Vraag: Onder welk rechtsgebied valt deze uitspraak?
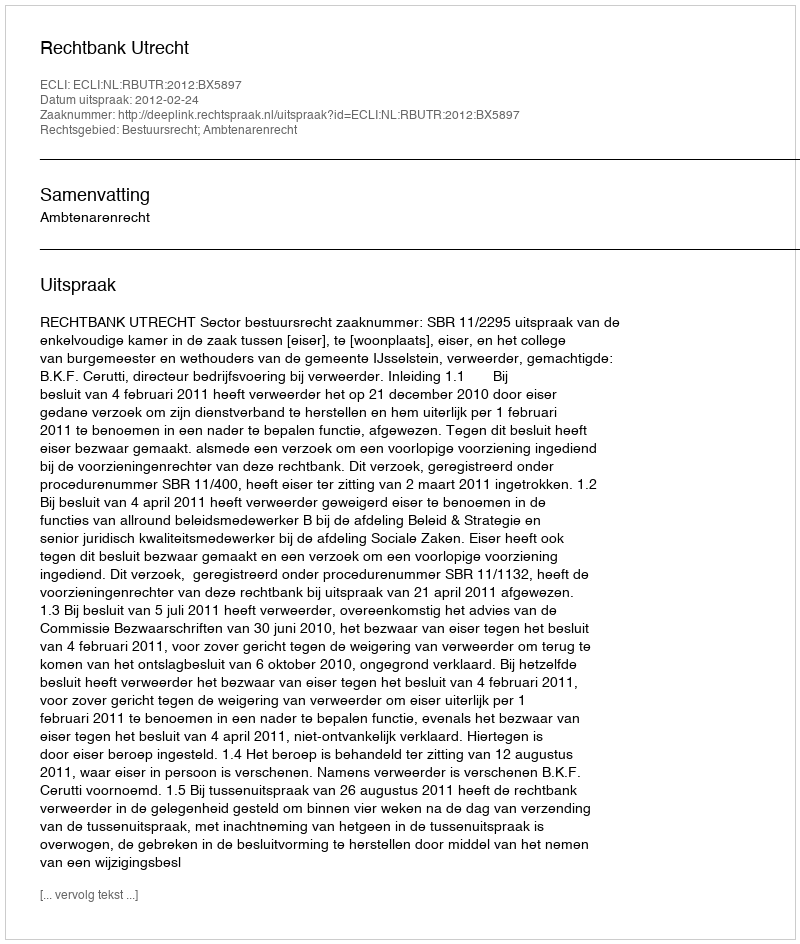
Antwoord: Bestuursrecht; Ambtenarenrecht